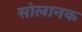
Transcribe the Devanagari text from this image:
सोलानक